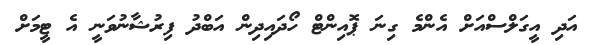
އަދި އީގަލްސްއަށް އެންމެ ގިނަ ޕޮއިންޓް ހޯދައިދިން އަބްދު ފިރުޝާނުވަނީ އެ ޓީމަށް